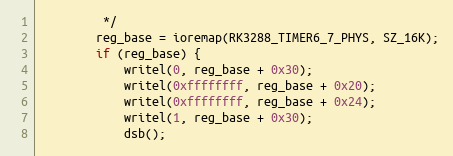
Language: C
		 */
		reg_base = ioremap(RK3288_TIMER6_7_PHYS, SZ_16K);
		if (reg_base) {
			writel(0, reg_base + 0x30);
			writel(0xffffffff, reg_base + 0x20);
			writel(0xffffffff, reg_base + 0x24);
			writel(1, reg_base + 0x30);
			dsb();